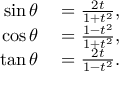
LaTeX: \begin{array} { r l } { \sin \theta } & { { } = { \frac { 2 t } { 1 + t ^ { 2 } } } , } \\ { \cos \theta } & { { } = { \frac { 1 - t ^ { 2 } } { 1 + t ^ { 2 } } } , } \\ { \tan \theta } & { { } = { \frac { 2 t } { 1 - t ^ { 2 } } } . } \end{array}